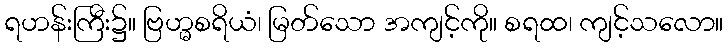
ရဟန်းကြီး၌။ ဗြဟ္မစရိယံ၊ မြတ်သော အကျင့်ကို။ စရထ၊ ကျင့်သလော။